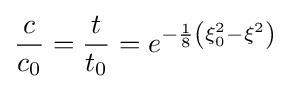
{\frac {c}{c_{0}}}={\frac {t}{t_{0}}}=e^{-{\frac {1}{8}}\left(\xi _{0}^{2}-\xi ^{2}\right)}